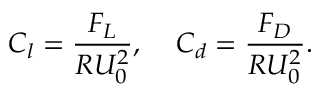
C _ { l } = \frac { F _ { L } } { R U _ { 0 } ^ { 2 } } , \; \; \; \; C _ { d } = \frac { F _ { D } } { R U _ { 0 } ^ { 2 } } .